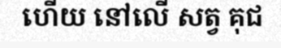
ហើយ នៅលើ សត្វ គុជ